Scientific memoirs by medical officers of the Army of India - Part XII,
Year: 1901
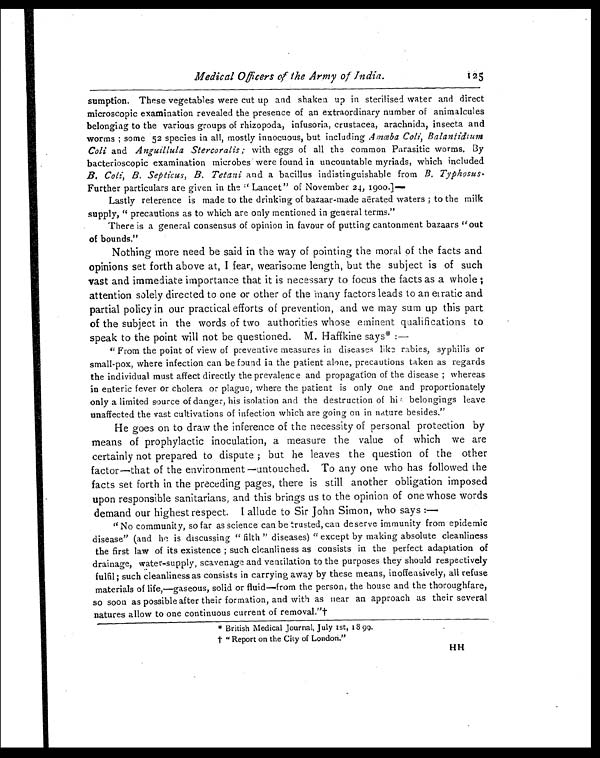
Medical Officers of the Army of India.
sumption. These vegetables were cut up and shaken up in sterilised water and direct
microscopic examination revealed the presence of an extraordinary number of animalcules
belonging to the various groups of rhizopoda, infusoria, crustacea, arachnids, insecta and
worms; some 52 species in all, mostly innocuous, but including Amœba Coli, Balantidium
Coli and Anguillula Stercoralis; with eggs of all the common Parasitic worms. By
bacterioscopic examination microbes were found in uncountable myriads, which included
B. Coli, B. Septicus, B. Tetani and a bacillus indistinguishable from B. Typhosus.
Further particulars are given in the "Lancet" of November 24, 1900.]—
Lastly reference is made to the drinking of bazaar-made aërated waters; to the milk
supply, "precautions as to which are only mentioned in general terms."
There is a general consensus of opinion in favour of putting cantonment bazaars "out
of bounds."
Nothing more need be said in the way of pointing the moral of the facts and
opinions set forth above at, I fear, wearisome length, but the subject is of such
vast and immediate importance that it is necessary to focus the facts as a whole;
attention solely directed to one or other of the many factors leads to an erratic and
partial policy in our practical efforts of prevention, and we may sum up this part
of the subject in the words of two authorities whose eminent qualifications to
speak to the point will not be questioned. M. Haffkine says*:
—
"From the point of view of preventive measures in diseases like rabies, syphilis or
small-pox, where infection can be found in the patient alone, precautions taken as regards
the individual must affect directly the prevalence and propagation of the disease; whereas
in enteric fever or cholera or plague, where the patient is only one and proportionately
only a limited source of danger, his isolation and the destruction of hi belongings leave
unaffected the vast cultivations of infection which are going on in nature besides."
He goes on to draw the inference of the necessity of personal protection by
means of prophylactic inoculation, a measure the value of which we are
certainly not prepared to dispute; but he leaves the question of the other
factor—that of the environment—untouched. To any one who has followed the
facts set forth in the preceding pages, there is still another obligation imposed
upon responsible sanitarians, and this brings us to the opinion of one whose words
demand our highest respect. I allude to Sir John Simon, who says:—
"No community, so far as science can be trusted, can deserve immunity from epidemic
disease" (and he is discussing "filth" diseases)" except by making absolute cleanliness
the first law of its existence; such cleanliness as consists in the perfect adaptation of
drainage, water-supply, scavenage and ventilation to the purposes they should respectively
fulfil; such cleanliness as consists in carrying away by these means, inoffensively, all refuse
materials of life,—gaseous, solid or fluid—from the person, the house and the thoroughfare,
so soon as possible after their formation, and with as near an approach as their several
natures allow to one continuous current of removal."†
* B r i t i s h M e d i c a l J o u r n a l , J u l y 1 s t , 1 8 9 9 .
† " R e p o r t o n t h e C i t y o f L o n d o n . "
125
H H